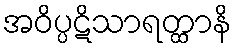
အဝိပ္ပဋိသာရတ္ထာနိ